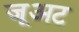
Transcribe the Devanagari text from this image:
जूअट